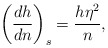
\begin{align*} \left(\frac{dh}{dn}\right)_s=\frac{h\eta^2}{n},\end{align*}